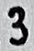
Text: 3